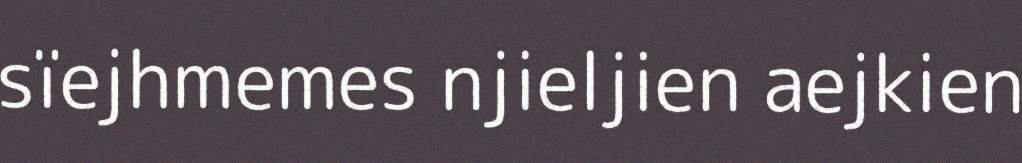
sïejhmemes njieljien aejkien